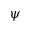
\psi